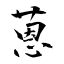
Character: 蒽